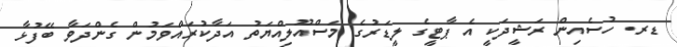
ޑރ. ހުސެއިން ރަޝީދަކީ އެ ޕާޓީގެ ލީޑަރުގެ މަސްއޫލިއްޔަތު އަދާކުރައްވަމުން ގެންދަވާ ބޭފުޅާ